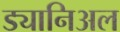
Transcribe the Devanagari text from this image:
ड्यानिअल